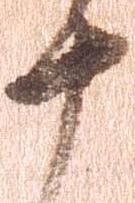
十